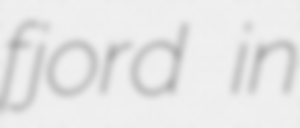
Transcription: fjord in